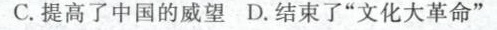
C.提高了中国的威望 D.结束了”文化大革命”